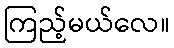
ကြည့်မယ်လေ။